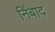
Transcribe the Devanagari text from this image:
निंबाद